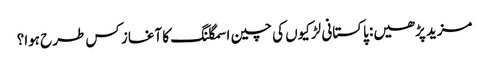
مزید پڑھیں: پاکستانی لڑکیوں کی چین اسمگلنگ کا آغاز کس طرح ہوا؟